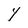
Character: Y